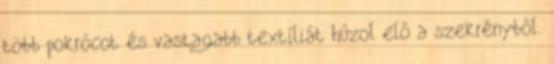
több pokrócot és vastagabb textíliát húzol elő a szekrényből.